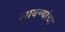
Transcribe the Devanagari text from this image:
लावण्यांचा